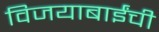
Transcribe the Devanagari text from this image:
विजयाबाईंची